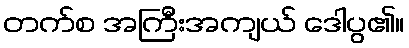
တက်စ အကြီးအကျယ် ဒေါပွ၏။